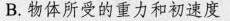
B.物体所受的重力和初速度